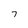
Character: 7